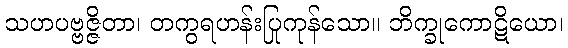
သဟပဗ္ဗဇ္ဇိတာ၊ တကွရဟန်းပြုကုန်သော။ ဘိက္ခုကောဋိယော၊